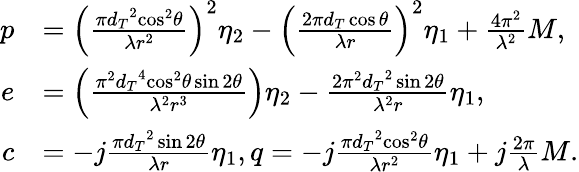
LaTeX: \begin{array}{rl}{p}&{={{\left({\frac{{\pi{{d_{T}}^{2}}{{\cos}^{2}}\theta}}{{\lambda{r^{2}}}}}\right)}^{2}}{\eta_{2}}-{{\left({\frac{{2\pi{d_{T}}\cos\theta}}{\lambda r}}\right)}^{2}}{\eta_{1}}+\frac{{4{\pi^{2}}}}{{{\lambda^{2}}}}M,}\\ {e}&{=\left({\frac{{{\pi^{2}}{{d_{T}}^{4}}{{\cos}^{2}}\theta\sin 2\theta}}{{{\lambda^{2}}{r^{3}}}}}\right){\eta_{2}}-\frac{{2{\pi^{2}}{{d_{T}}^{2}}\sin 2\theta}}{{{\lambda^{2}}r}}{\eta_{1}},}\\ {c}&{=-j\frac{{\pi{{d_{T}}^{2}}\sin 2\theta}}{{\lambda r}}{\eta_{1}},q=-j\frac{{\pi{{d_{T}}^{2}}{{\cos}^{2}}\theta}}{{\lambda{r^{2}}}}{\eta_{1}}+j\frac{{2\pi}}{\lambda}M.}\end{array}